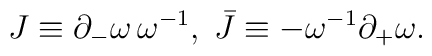
J\equiv \partial _-\omega\,\omega ^{-1},\;\bar J\equiv -\omega ^{-1}\partial _+\omega.